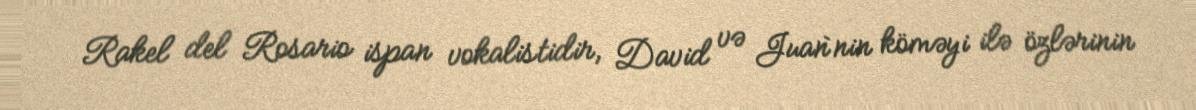
Rakel del Rosario ispan vokalistidir, David və Juan`nin köməyi ilə özlərinin